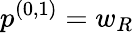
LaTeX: p^{(0,1)}=w_{R}